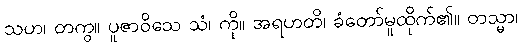
သဟ၊ တကွ။ ပူဇာဝိသေ သံ၊ ကို။ အရဟတိ၊ ခံတော်မူထိုက်၏။ တသ္မာ၊